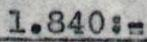
1.840:-